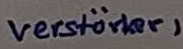
Text: verstärker1